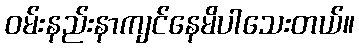
ဝမ်းနည်းနာကျင်နေမိပါသေးတယ်။